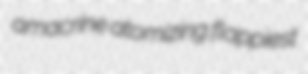
amacrine atomizing flappiest